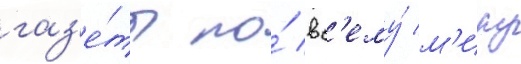
газ'е́ты по́ вс'ему́ м'иру